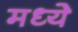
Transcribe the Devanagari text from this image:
मध्येे